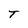
Character: T